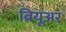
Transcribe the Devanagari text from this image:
ब्रियूअर